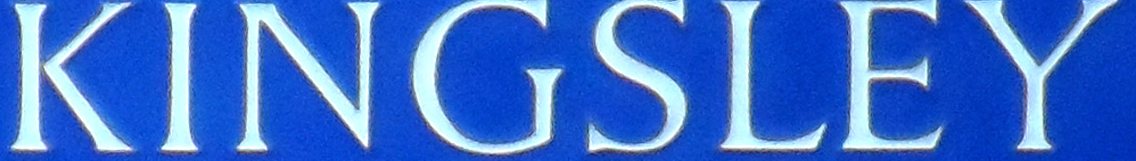
KINGSLEY